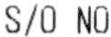
S/O NO